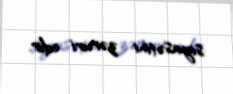
siyasətini zəruri edir.